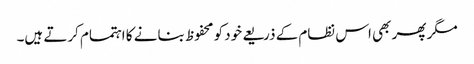
مگر پھر بھی اس نظام کے ذریعے خود کو محفوظ بنانے کا اہتمام کرتے ہیں۔